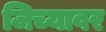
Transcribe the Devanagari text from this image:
जिच्यावर